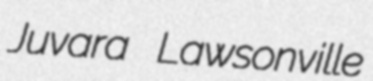
Juvara Lawsonville